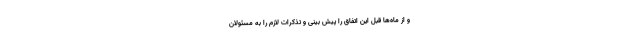
و از ماه‌ها قبل این اتفاق را پیش بینی و تذکرات لازم را به مسئولان